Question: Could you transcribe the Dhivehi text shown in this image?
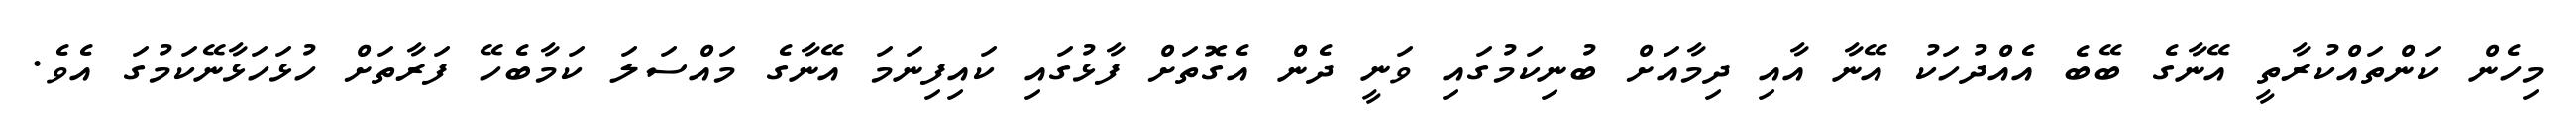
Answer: މިހެން ކަންތައްކުރާތީ އޭނާގެ ބޭބެ އެއްދުހަކު އޭނާ އާއި ދިމާއަށް ބުނިކަމުގައި ވަނީ ދެން އެގޮތަށް ފާޅުގައި ކައިފިނަމަ އޭނާގެ މައްސަލަ ކަމާބެހޭ ފަރާތަށް ހުޅަހަޅާނޭކަމުގަ އެވެ.